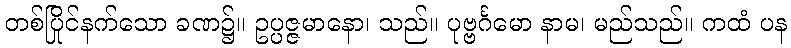
တစ်ပြိုင်နက်သော ခဏ၌။ ဥပ္ပဇ္ဇမာနော၊ သည်။ ပုဗ္ဗင်္ဂမော နာမ၊ မည်သည်။ ကထံ ပန